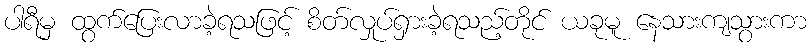
ပါရီမှ ထွက်ပြေးလာခဲ့ရသဖြင့် စိတ်လှုပ်ရှားခဲ့ရသည့်တိုင် ယခုမူ နေသားကျသွားကာ